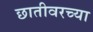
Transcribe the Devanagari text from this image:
छातीवरच्या